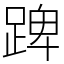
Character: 䠋